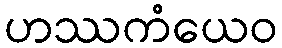
ဟဿကံယေဝ